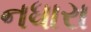
નધારા